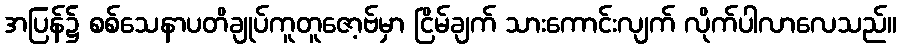
အပြန်၌ စစ်သေနာပတိချုပ်ကူတူဇော့ဗ်မှာ ငြိမ်ချက် သားကောင်းလျက် လိုက်ပါလာလေသည်။